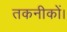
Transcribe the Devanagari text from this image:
तकनीकों।